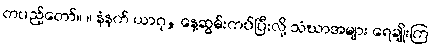
တပည့်တော်။ ။ နံနက် ယာဂု, နေ့ဆွမ်းကပ်ပြီးလို့ သံဃာအများ ရေချိုးကြ